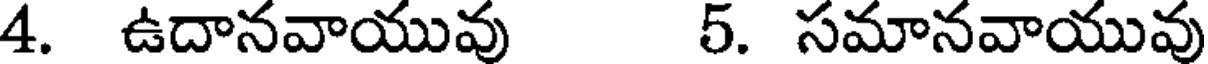
4. ఉదానవాయువు 5. సమానవాయువు